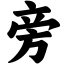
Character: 旁